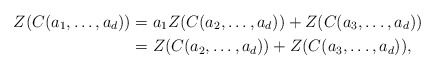
\begin{align*} Z(C(a_1,\ldots,a_d))&= a_1Z(C(a_2,\ldots,a_d))+Z(C(a_3,\ldots,a_d))\\ &= Z(C(a_2,\ldots,a_d))+Z(C(a_3,\ldots,a_d)),\end{align*}